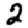
Digit: 2